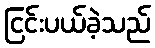
ငြင်းပယ်ခဲ့သည်